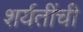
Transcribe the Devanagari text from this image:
शर्यतींची